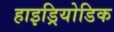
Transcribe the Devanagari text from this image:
हाइड्रियोडिक